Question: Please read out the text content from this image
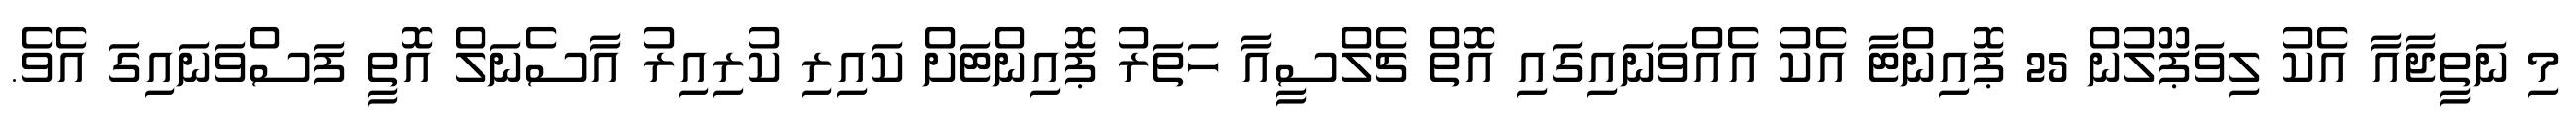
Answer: މި ނަތީޖާއާ އެކު ލިވަޕޫލުން 25 ޕޮއިންޓާ އެކު އެއްވަނައިގައި އޮތް ޗެލްސީއާ ހަތަރު ޕޮއިންޓަށް ކައިރި ކުރިއިރު އާސެނަލް އޮތީ ފަސްވަނައިގަ އެވެ.